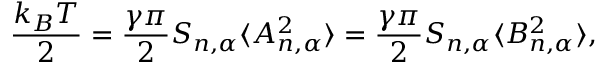
\frac { k _ { B } T } { 2 } = \frac { \gamma \pi } { 2 } S _ { n , \alpha } \langle A _ { n , \alpha } ^ { 2 } \rangle = \frac { \gamma \pi } { 2 } S _ { n , \alpha } \langle B _ { n , \alpha } ^ { 2 } \rangle ,